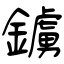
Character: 鐪